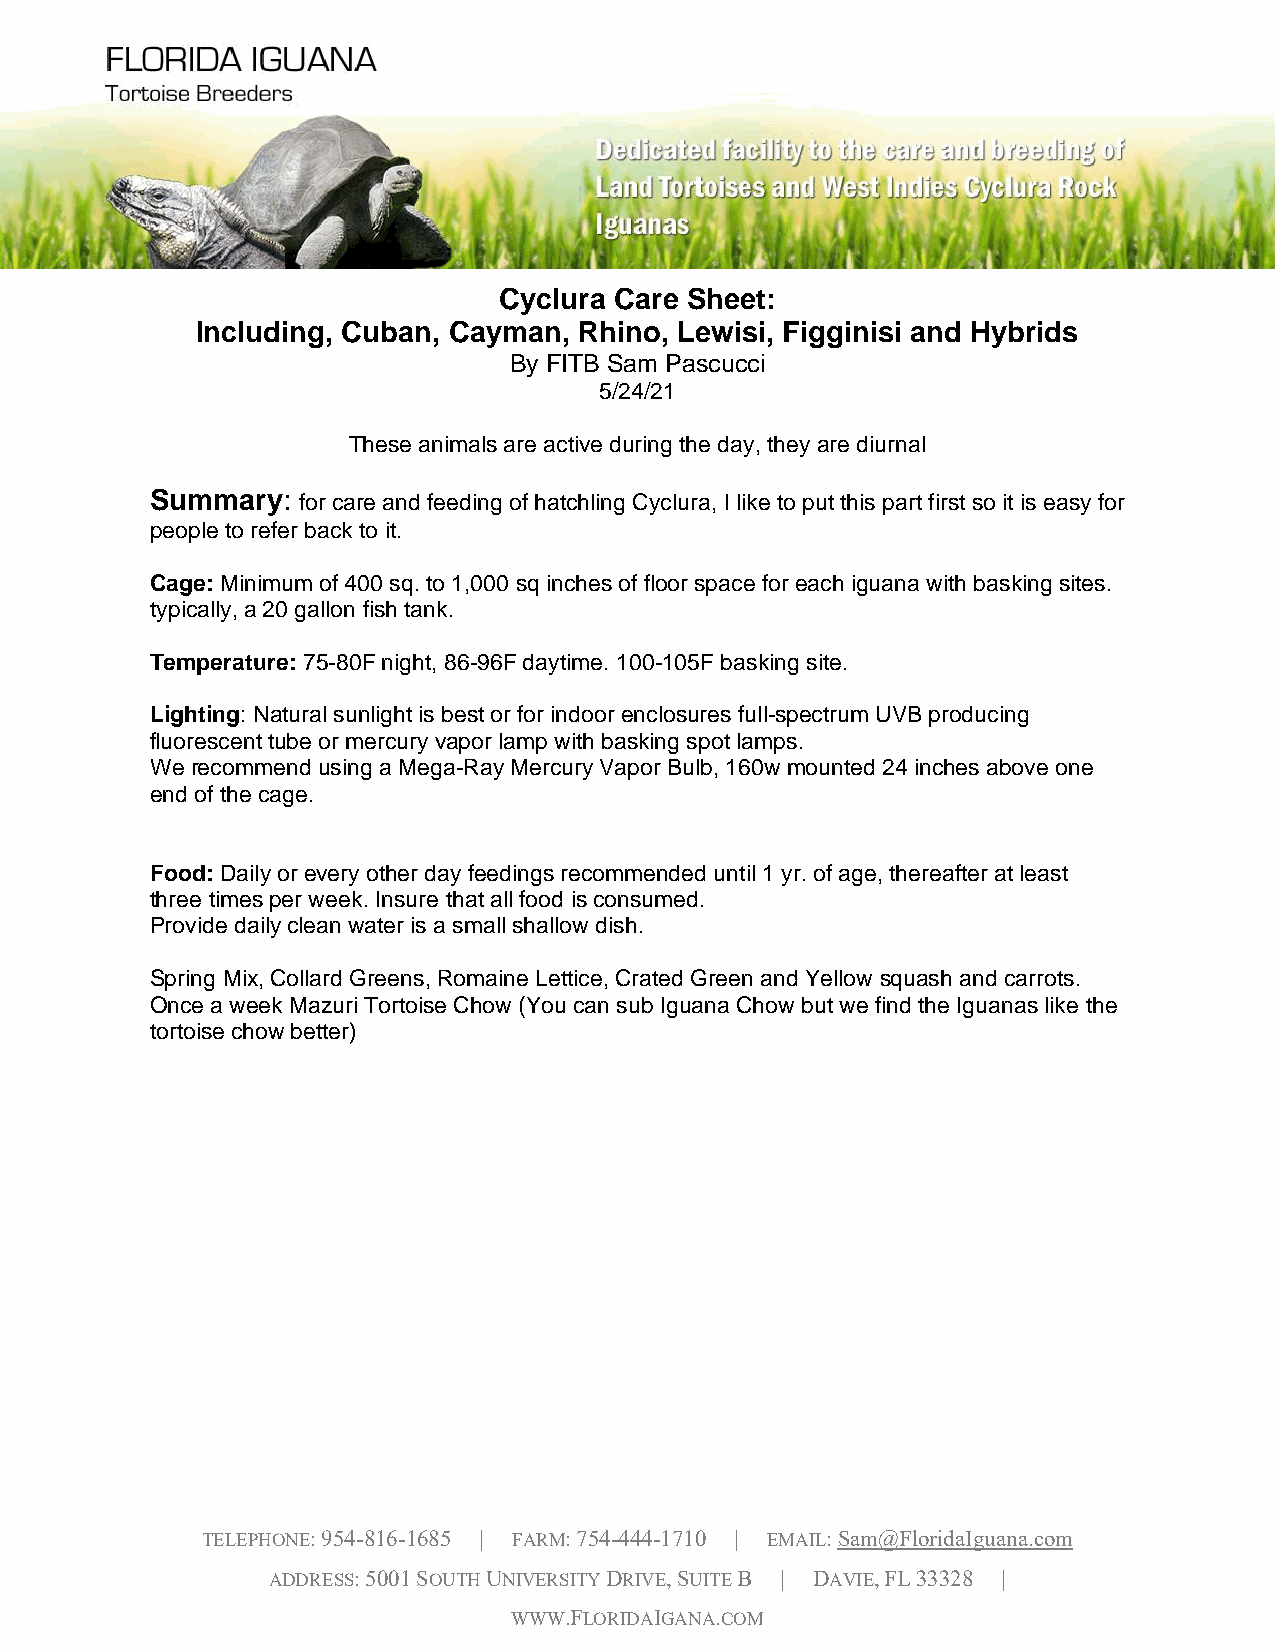
Cyclura Care Sheet:
 Including, Cuban, Cayman, Rhino, Lewisi, Figginisi and Hybrids
 By FITB Sam Pascucci
 5/24/21
 These animals are active during the day, they are diurnal
 Summary:  for care and feeding of hatchling Cyclura, I like to put this part first so it is easy for
 people to refer back to it.
 Cage: Minimum of 400 sq. to 1,000 sq inches of floor space for each iguana with basking sites.
 typically, a 20 gallon fish tank.
 Temperature: 75-80F night, 86-96F daytime. 100-105F basking site.
 Lighting: Natural sunlight is best or for indoor enclosures full-spectrum UVB producing
 fluorescent tube or mercury vapor lamp with basking spot lamps.
 We recommend using a Mega-Ray Mercury Vapor Bulb, 160w mounted 24 inches above one
 end of the cage.
 Food: Daily or every other day feedings recommended until 1 yr. of age, thereafter at least
 three times per week. Insure that all food is consumed.
 Provide daily clean water is a small shallow dish.
 Spring Mix, Collard Greens, Romaine Lettice, Crated Green and Yellow squash and carrots.
 Once a week Mazuri Tortoise Chow (You can sub Iguana Chow but we find the Iguanas like the
 tortoise chow better)
 TELEPHONE: 954-816-1685 | FARM: 754-444-1710 | EMAIL: Sam@FloridaIguana.com
 ADDRESS: 5001 SOUTH UNIVERSITY DRIVE, SUITE B | DAVIE, FL 33328 |
 WWW.FLORIDAIGANA.COM